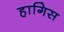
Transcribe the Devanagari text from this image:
हागिस